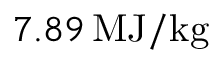
7 . 8 9 \, \mathrm { M J / k g }